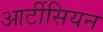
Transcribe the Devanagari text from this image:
आर्टीसियन